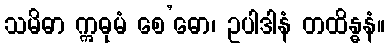
သမိဓာ ဣဓုမံ စေ’ဓော၊ ဥပါဒါနံ တထိန္ဓနံ။